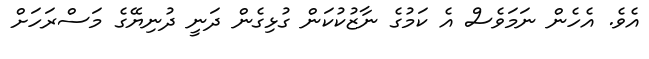
އެވެ. އެހެން ނަމަވެސް އެ ކަމުގެ ނާޒުކުކަން ގުޅިގެން ދަނީ ދުނިޔޭގެ މަސްރަހަށް